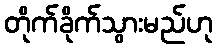
တိုက်ခိုက်သွားမည်ဟု